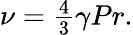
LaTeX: \begin{array}{r}{\nu=\frac{4}{3}\gamma Pr.}\end{array}